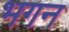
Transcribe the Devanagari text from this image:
भगन